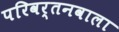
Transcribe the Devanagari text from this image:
परिवर्तनवाला